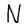
Character: N